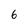
Character: 6